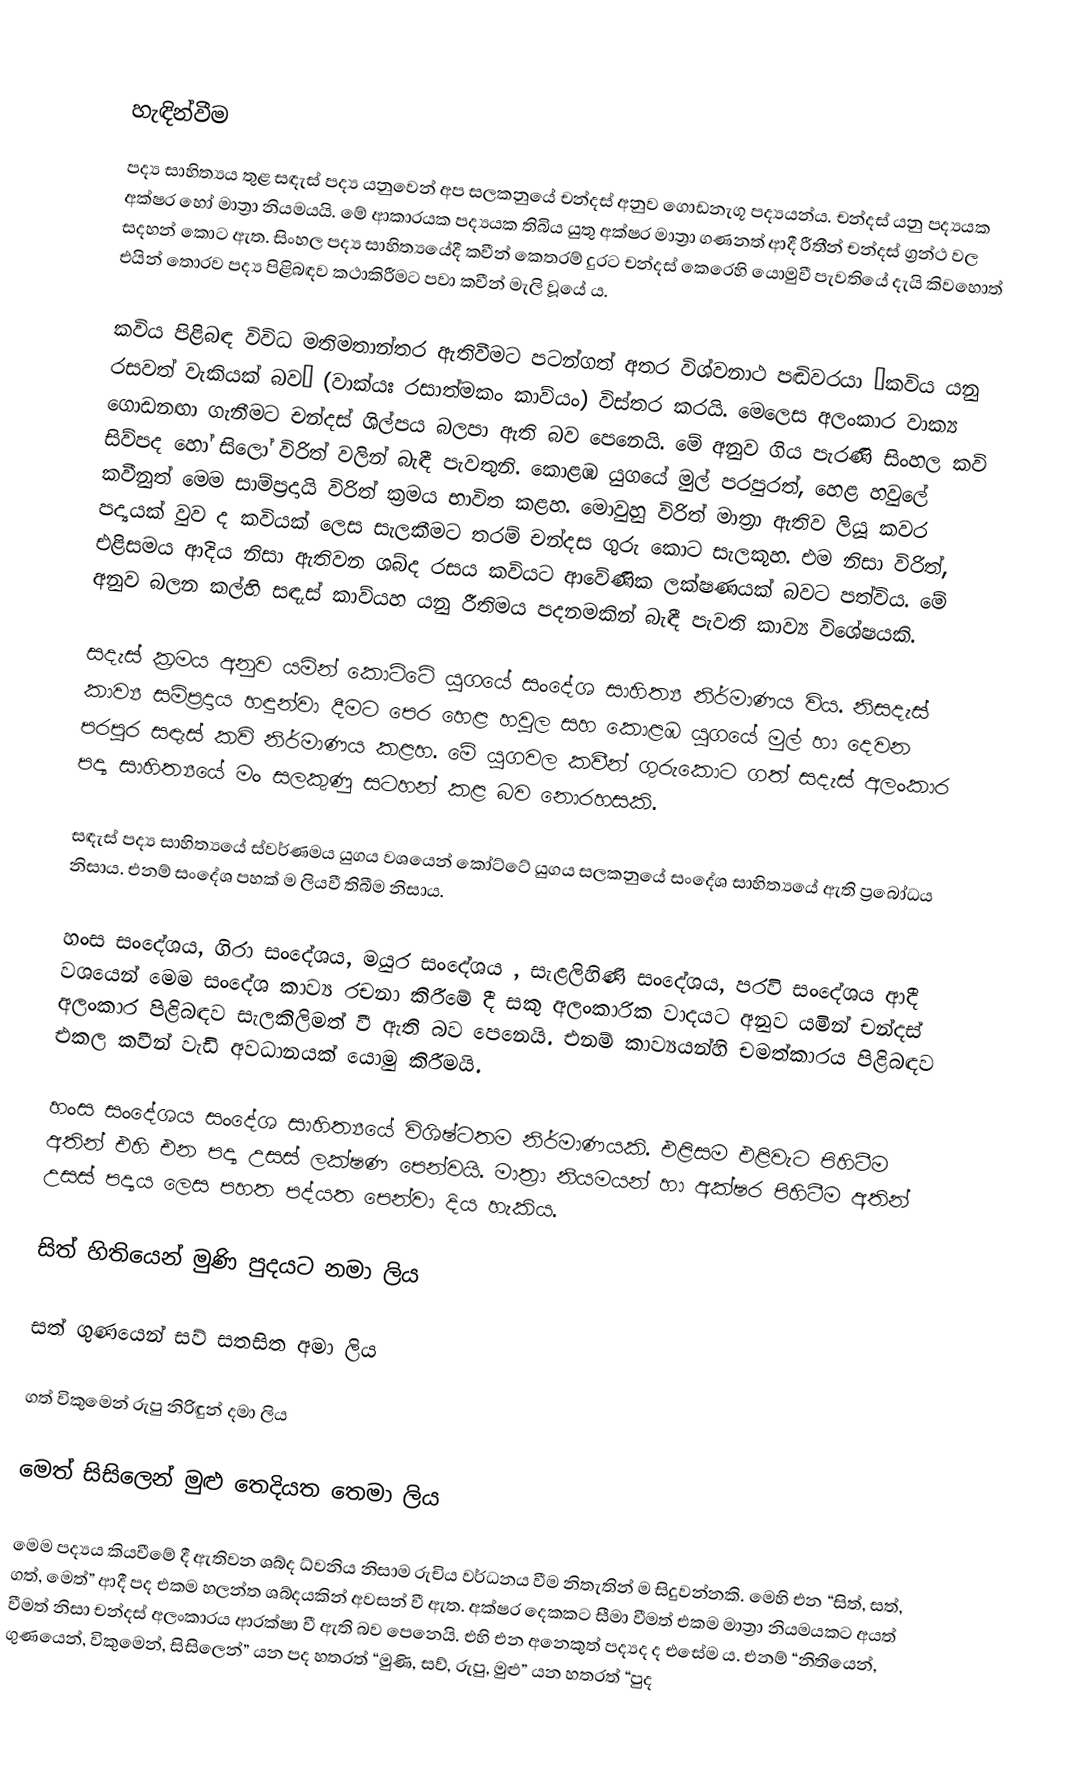

හැඳින්වීම
පද්‍ය සාහිත්‍යය තුළ සඳැස් පද්‍ය යනුවෙන් අප සලකනුයේ චන්දස් අනුව ගොඩනැගූ පද්‍යයන්ය. චන්දස් යනු පද්‍යයක අක්ෂර හෝ මාත්‍රා නියමයයි. මේ ආකාරයක පද්‍යයක තිබිය යුතු අක්ෂර මාත්‍රා ගණනත් ආදී රීතීන් චන්දස් ග්‍රන්ථ වල සදහන් කොට ඇත. සිංහල පද්‍ය සාහිත්‍යයේදී කවීන් කෙතරම් දුරට චන්දස් කෙරෙහි යොමුවී පැවතියේ දැයි කිවහොත් එයින් තොරව පද්‍ය පිළිබඳව කථාකිරීමට පවා කවීන් මැලි වූයේ ය.

කවිය පිළිබඳ විවිධ මතිමතාන්තර ඇතිවීමට පටන්ගත් අතර විශ්වනාථ පඬිවරයා “කවිය යනු රසවත් වැකියක් බව” (වාක්යඃ රසාත්මකං කාව්යං) විස්තර කරයි. මෙලෙස අලංකාර වාක්‍ය ගොඩනඟා ගැනීමට චන්දස් ශිල්පය බලපා ඇති බව පෙනෙයි. මේ අනුව ගිය පැරණි සිංහල කවි සිව්පද හෝ සිලෝ විරිත් වලින් බැඳී පැවතුනි. කොළඹ යුගයේ මුල් පරපුරත්, හෙළ හවුලේ කවීනුත් මෙම සාම්ප්‍රදායි විරිත් ක්‍රමය භාවිත කළහ. මොවුහු විරිත් මාත්‍රා ඇතිව ලියූ කවර පද්‍යයක් වුව ද කවියක් ලෙස සැලකීමට තරම් චන්දස ගුරු කොට සැලකූහ. එම නිසා විරිත්, එළිසමය ආදිය නිසා ඇතිවන ශබ්ද රසය කවියට ආවේණික ලක්ෂණයක් බවට පත්විය. මේ අනුව බලන කල්හි සඳැස් කාව්යහ යනු රීතිමය පදනමකින් බැඳී පැවති කාව්‍ය විශේෂයකි.

සදැස් ක්‍රමය අනුව යමින් කොට්ටේ යුගයේ සංදේශ සාහිත්‍ය නිර්මාණය විය. නිසදැස් කාව්‍ය සම්ප්‍රදාය හඳුන්වා දීමට පෙර හෙළ හවුල සහ කොළඹ යුගයේ මුල් හා දෙවන පරපුර සඳැස් කවි නිර්මාණය කළහ. මේ යුගවල කවීන් ගුරුකොට ගත් සදැස් අලංකාර පද්‍ය සාහිත්‍යයේ මං සලකුණු සටහන් කළ බව නොරහසකි.

 සඳැස් පද්‍ය සාහිත්‍යයේ ස්වර්ණමය යුගය වශයෙන් කෝට්ටේ යුගය සලකනුයේ සංදේශ සාහිත්‍යයේ ඇති ප්‍රබෝධය නිසාය. එනම් සංදේශ පහක් ම ලියවී තිබීම නිසාය.

හංස සංදේශය, ගිරා සංදේශය, මයුර සංදේශය , සැළලිහිණි සංදේශය, පරවි සංදේශය ආදී වශයෙන් මෙම සංදේශ කාව්‍ය රචනා කිරීමේ දී සකු අලංකාරික වාදයට අනුව යමින් චන්දස් අලංකාර පිළිබඳව සැලකිලිමත් වී ඇති බව පෙනෙයි. එනම් කාව්‍යයන්හි චමත්කාරය පිළිබඳව එකල කවීන් වැඩි අවධානයක් යොමු කිරීමයි.

හංස සංදේශය සංදේශ සාහිත්‍යයේ විශිෂ්ටතම නිර්මාණයකි. එළිසම එළිවැට පිහිටීම අතින් එහි එන පද්‍ය උසස් ලක්ෂණ පෙන්වයි. මාත්‍රා නියමයන් හා අක්ෂර පිහිටීම අතින් උසස් පද්‍යය ලෙස පහත පද්යත පෙන්වා දිය හැකිය.

සිත් 	හිතියෙන් 	මුණි 	පුදයට 	නමා 		ලිය

සත් 	ගුණයෙන් 	සව් 	සතසිත 	අමා 		ලිය

ගත් 	විකුමෙන් 	රුපු 	නිරිඳුන් දමා 		ලිය

මෙත් 	සිසිලෙන් 	මුළු 	තෙදියත 	තෙමා 	ලිය

මෙම පද්‍යය කියවීමේ දී ඇතිවන ශබ්ද ධ්වනිය නිසාම රුචිය වර්ධනය වීම නිතැතින් ම සිදුවන්නකි. මෙහි එන “සිත්, සත්, ගත්, මෙත්” ආදී පද එකම හලන්ත ශබ්දයකින් අවසන් වී ඇත. අක්ෂර දෙකකට සීමා වීමත් එකම මාත්‍රා නියමයකට අයත් වීමත් නිසා චන්දස් අලංකාරය ආරක්ෂා වී ඇති බව පෙනෙයි. එහි එන අනෙකුත් පද්‍යද ද එසේම ය. එනම් “නිතියෙන්, ගුණයෙන්, විකුමෙන්, සිසිලෙන්” යන පද හතරත් “මුණි, සව්, රුපු, මුළු” යන හතරත් “පුද